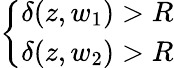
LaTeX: \left\{ \begin{array}{ll}{\delta(z,w_{1})>R}\\ {\delta(z,w_{2})>R}\end{array}\right.